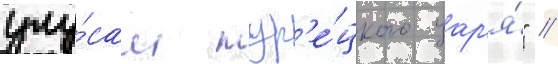
улу́сам тур'е́цкого цар'я́" //